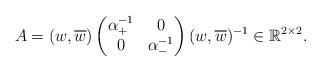
LaTeX: \begin{align*}A=(w, \overline{w}) \begin{pmatrix}\alpha_+^{-1} & 0 \\0 & \alpha_-^{-1}\end{pmatrix}(w, \overline{w})^{-1} \in\mathbb{R}^{2\times 2}.\end{align*}